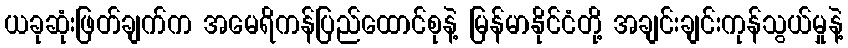
ယခုဆုံးဖြတ်ချက်က အမေရိကန်ပြည်ထောင်စုနဲ့ မြန်မာနိုင်ငံတို့ အချင်းချင်းကုန်သွယ်မှုနဲ့